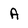
Character: A